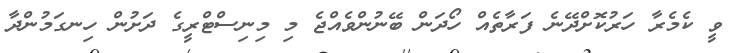
ވީ ކެމެރާ ހަރުކޮށްދޭނެ ފަރާތެއް ހޯދަން ބޭނުންވެއްޖެ މި މިނިސްޓްރީގެ ދަށުން ހިނގަމުންދާ